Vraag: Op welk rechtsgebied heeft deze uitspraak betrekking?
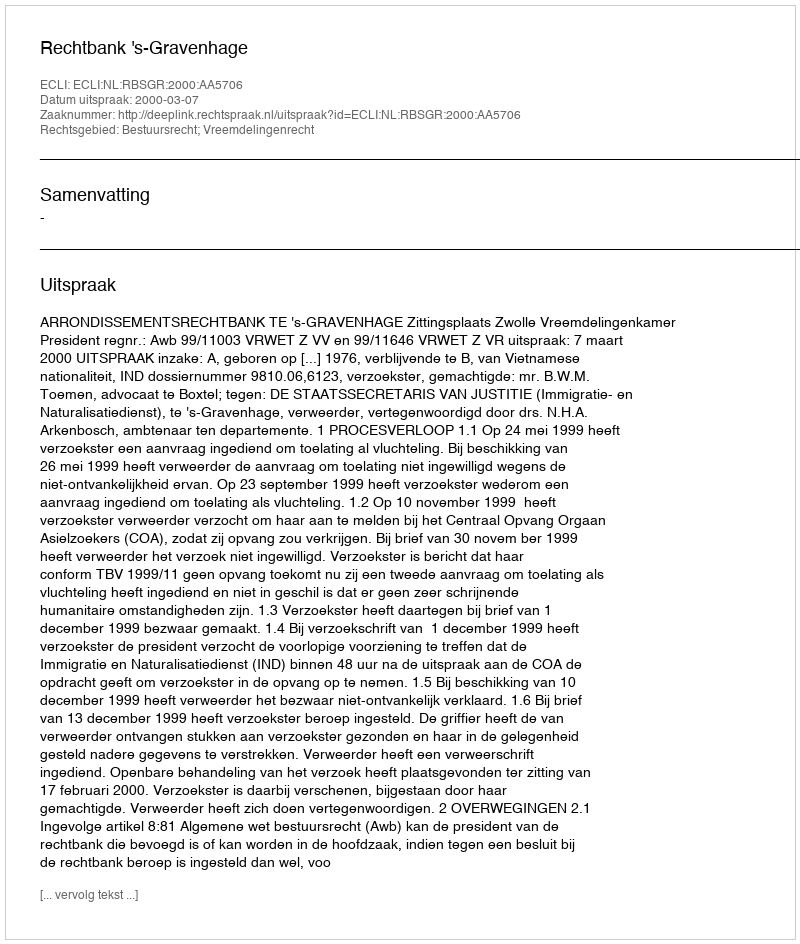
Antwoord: Bestuursrecht; Vreemdelingenrecht